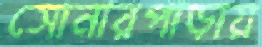
সোনারপাড়ায়